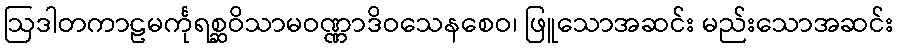
ဩဒါတကာဠမင်္ကုရစ္ဆဝိသာမဝဏ္ဏာဒိဝသေနစေဝ၊ ဖြူသောအဆင်း မည်းသောအဆင်း